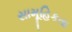
સામૂહિકતા